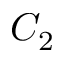
C _ { 2 }